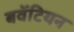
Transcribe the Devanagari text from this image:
बवेंटियन